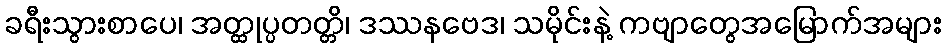
ခရီးသွားစာပေ၊ အတ္ထုပ္ပတတ္တိ၊ ဒဿနဗေဒ၊ သမိုင်းနဲ့ ကဗျာတွေအမြောက်အများ